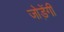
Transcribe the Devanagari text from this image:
जोड़ेंगी